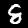
Label: 8